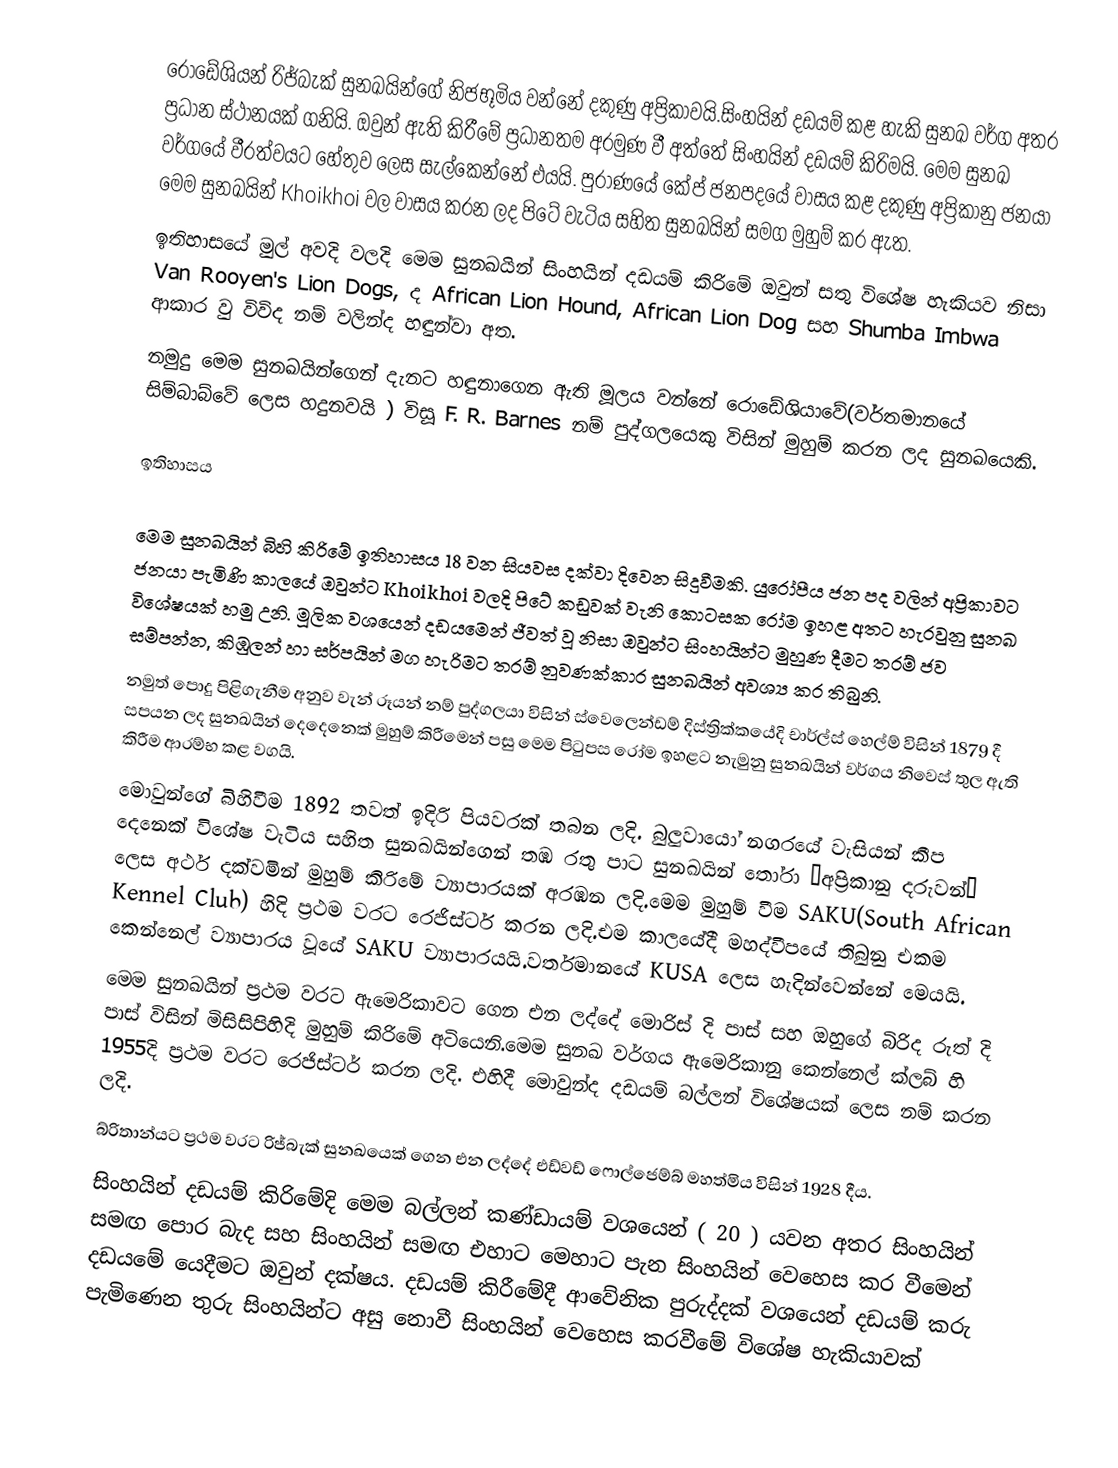
රොඩේශියන් රිජ්බැක් සුනඛයින්ගේ නිජභූමිය වන්නේ දකුණු අප්‍රිකාවයි.සිංහයින් දඩයම් කළ හැකි සුනඛ වර්ග අතර ප්‍රධාන ස්ථානයක් ගනියි. ඔවුන් ඇති කිරීමේ ප්‍රධානතම අරමුණ වී අත්තේ සිංහයින් දඩයම් කිරිමයි. මෙම සුනඛ වර්ගයේ වීරත්වයට හේතුව ලෙස සැල්කෙන්නේ එයයි. පුරාණයේ කේප් ජනපදයේ වාසය කළ දකුණු අප්‍රිකානු ජනයා මෙම සුනඛයින් Khoikhoi වල වාසය කරන ලද පිටේ වැටිය සහිත සුනඛයින් සමග මුහුම් කර ඇත.
ඉතිහාසයේ මුල් අවදි වලදි මෙම සුනඛයින් සිංහයින් දඩයම් කිරිමේ ඔවුන් සතු විශේෂ හැකියව නිසා Van Rooyen's Lion Dogs, ද African Lion Hound, African Lion Dog සහ Shumba Imbwa ආකාර වු විවිද නම් වලින්ද හඳුන්වා අත.
නමුදු මෙම සුනඛයින්ගෙන් දැනට හඳුනාගෙන ඇති මූලය වන්නේ රොඩේශියාවේ(වර්තමානයේ සිම්බාබ්වේ ලෙස හදුනවයි ) විසූ F. R. Barnes නම් පුද්ගලයෙකු විසින් මුහුම් කරන ලද සුනඛයෙකි.

ඉතිහාසය

මෙම සුනඛයින් බිහි කිරිමේ ඉතිහාසය 18 වන සියවස දක්වා දිවෙන සිදුවීමකි. යුරෝපීය ජන පද වලින් අප්‍රිකාවට ජනයා පැමිණි කාලයේ ඔවුන්ට Khoikhoi වලදි පිටේ කඩුවක් වැනි කොටසක රෝම ඉහළ අතට හැරවුනු සුනඛ විශේෂයක් හමු උනි. මූලික වශයෙන් දඩයමෙන් ජීවත් වූ නිසා ඔවුන්ට සිංහයින්ට මුහුණ දීමට තරම් ජව සම්පන්න, කිඹුලන් හා සර්පයින් මග හැරිමට තරම් නුවණක්කාර සුනඛයින් අවශ්‍ය කර තිබුනි.
නමුත් පොදු පිළිගැනීම අනුව වැන් රූයන් නම් පුද්ගලයා විසින් ස්වෙලෙන්ඩම් දිස්ත්‍රික්කයේදි චාර්ල්ස් හෙල්ම් විසින් 1879 දී සපයන ලද සුනඛයින් දෙදෙනෙක් මුහුම් කිරීමෙන් පසු මෙම පිටුපස රෝම ඉහළට නැමුනු සුනඛයින් වර්ගය නිවෙස් තුල ඇති කිරීම ආරම්භ කළ වගයි.
මොවුන්ගේ බිහිවීම 1892 තවත් ඉදිරි පියවරක් තබන ලදි. බුලුවායෝ නගරයේ වැසියන් කීප දෙනෙක් විශේෂ වැටිය සහිත සුනඛයින්ගෙන් තඹ රතු පාට සුනඛයින් තෝරා “අප්‍රිකානු දරුවන්” ලෙස අර්ථ දක්වමින් මුහුම් කිරිමේ ව්‍යාපාරයක් අරඹන ලදි.මෙම මුහුම් වීම SAKU(South African Kennel Club) හිදි ප්‍රථම වරට රෙජිස්ටර් කරන ලදි.එම කාලයේදී මහද්වීපයේ තිබුනු එකම කෙන්නෙල් ව්‍යාපාරය වූයේ SAKU ව්‍යාපාරයයි.වර්තමානයේ KUSA ලෙස හැදින්වෙන්නේ මෙයයි.
මෙම සුනඛයින් ප්‍රථම වරට ඇමෙරිකාවට ගෙන එන ලද්දේ මොරිස් දි පාස් සහ ඔහුගේ බිරිද රුත් දි පාස් විසින් මිසිසිපිහිදි මුහුම් කිරිමේ අටියෙනි.මෙම සුනඛ වර්ගය ඇමෙරිකානු කෙන්නෙල් ක්ලබ් හි 1955දි ප්‍රථම වරට රෙජිස්ටර් කරන ලදි. එහිදී මොවුන්ද දඩයම් බල්ලන් විශේෂයක් ලෙස නම් කරන ලදි.
බ්රිතාන්යට ප්‍රථම වරට රිජ්බැක් සුනඛයෙක් ගෙන එන ලද්දේ එඩ්වඩ් ෆොල්ජෙම්බ් මහත්මිය විසින් 1928 දීය.
සිංහයින් දඩයම් කිරිමේදි මෙම බල්ලන් කණ්ඩායම් වශයෙන් ( 20 ) යවන අතර සිංහයින් සමඟ පොර බැද සහ සිංහයින් සමඟ එහාට මෙහාට පැන සිංහයින් වෙහෙස කර වීමෙන් දඩයමේ යෙදීමට ඔවුන් දක්ෂය. දඩයම් කිරීමේදී ආවේනික පුරුද්දක් වශයෙන් දඩයම් කරු පැමිණෙන තුරු සිංහයින්ට අසු නොවී සිංහයින් වෙහෙස කරවීමේ විශේෂ හැකියාවක්